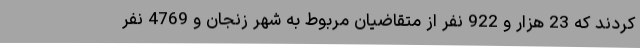
کردند که 23 هزار و 922 نفر از متقاضیان مربوط به شهر زنجان و 4769 نفر